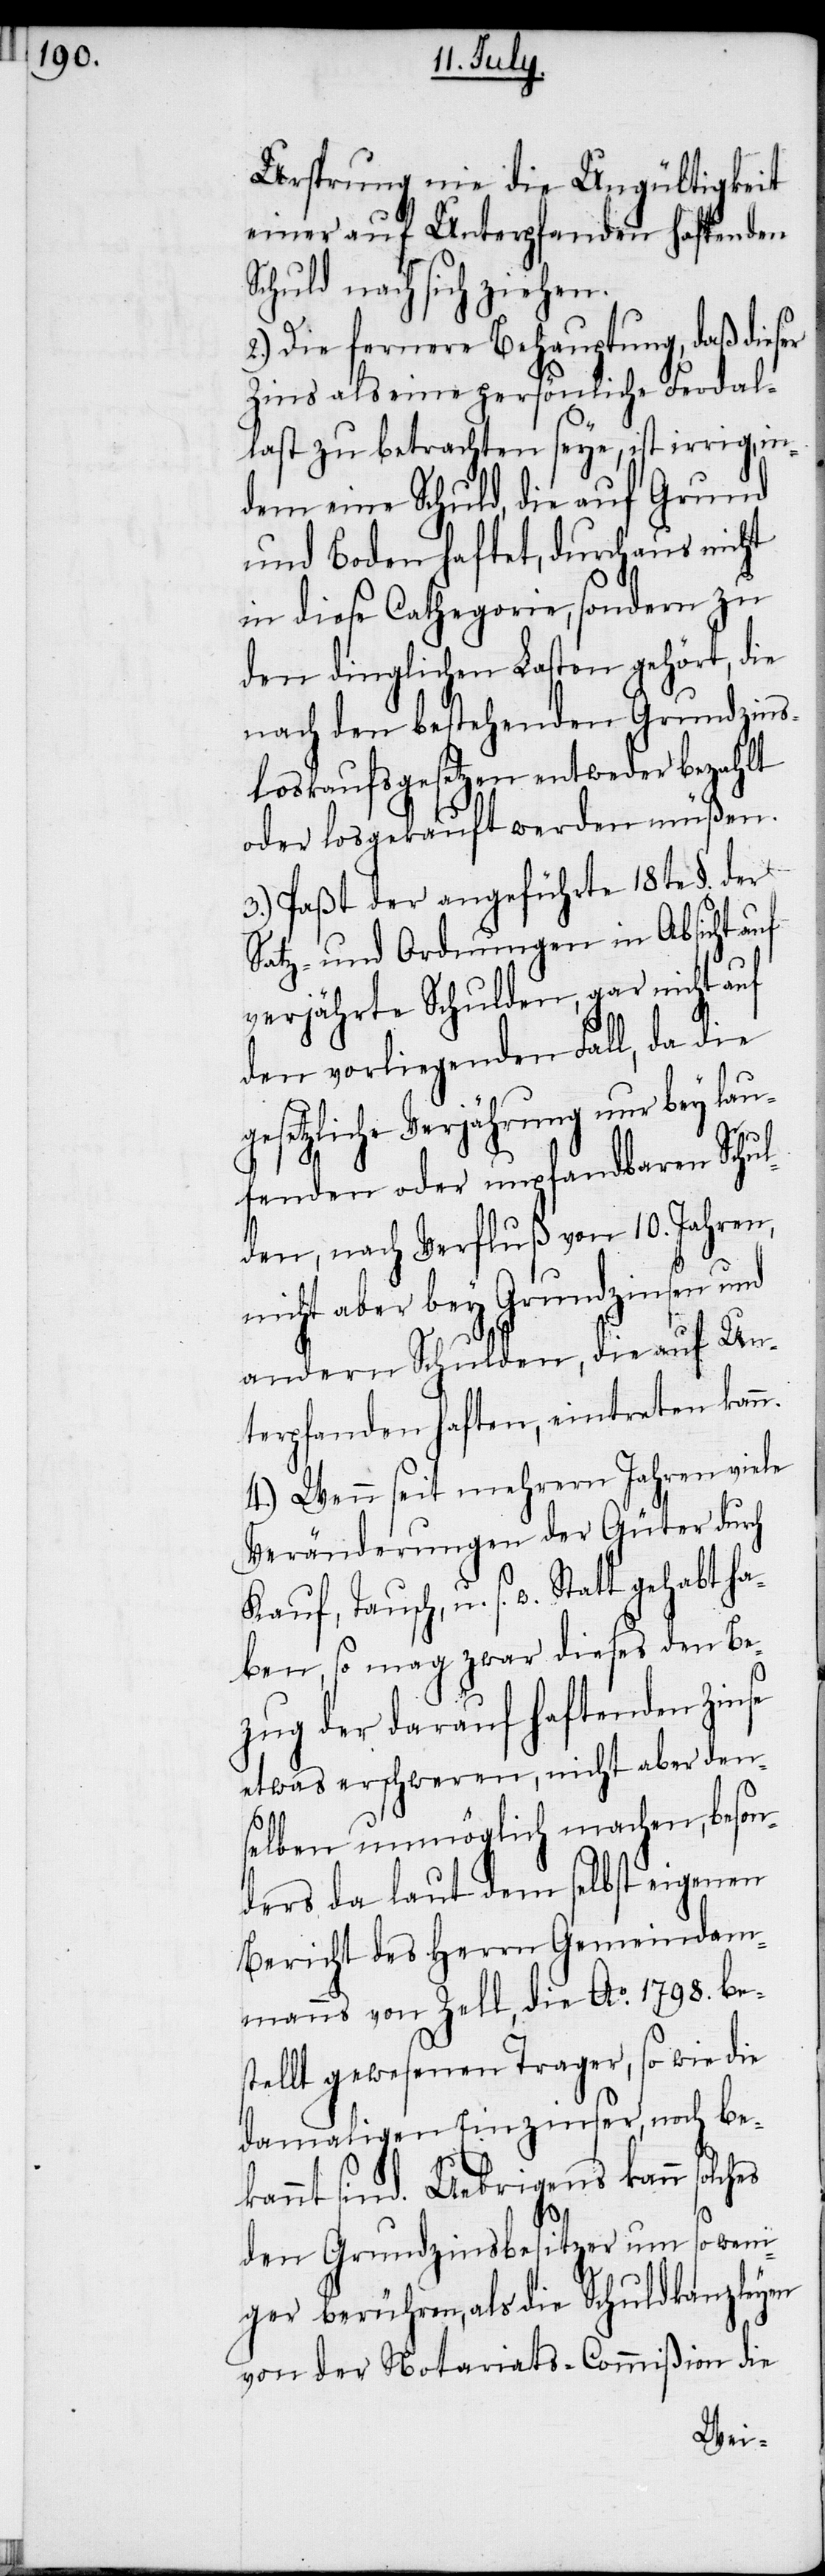
Ursprung nie die Ungültigkeit
einer auf Unterpfanden haftenden
Schuld nach sich ziehen.
2.) Die fernere Behauptung, daß dieser
Zins als eine persönliche Feodal¬
last zu betrachten seye, ist irrig, in¬
dem eine Schuld, die auf Grund
und Boden haftet, durchaus nicht
in diese Cathegorie, sondern zu
den dinglichen Lasten gehört, die
nach den bestehenden Grundzin¬
sloskaufsgesetzen entweder bezahlt
oder losgekauft werden müßen.
3.) Paßt der angeführte 18te §. der
Satz- und Ordnungen in Absicht auf
verjährte Schulden, gar nicht auf
den vorliegenden Fall, da die
esetzliche Verjährung nur bey la¬
ha¬
fenden oder unpfandbaren Schul¬
den, nach Verfluß von 10. Jahren,
nicht aber bey Grundzinsen und
andern Schulden, die auf Un¬
terpfanden haften, eintreten kann.
4.) Wenn seit mehrern Jahren viele
Veränderungen der Güter durch
Kauf, Tausch, u. s. w. Statt ge¬
ben, so mag zwar dieses den Be¬
zug der darauf haftenden Zinse
etwas erschweren, nicht aber den¬
selben unmöglich machen, beson¬
ders da laut dem selbst eigenen
Bericht des Herrn Gemeindam¬
manns von Zell, die Ao. 1798. be¬
stellt gewesenen Trager, so wie die
damaligen Einzinser, noch be¬
kannt sind. Uebrigens kann solches
den Grundzinsbesitzer um so wen¬
iger berühren, als die Schuldkanzleyen
von der Notariats-Commißion die